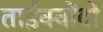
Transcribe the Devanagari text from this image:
ताईक्वोंदो